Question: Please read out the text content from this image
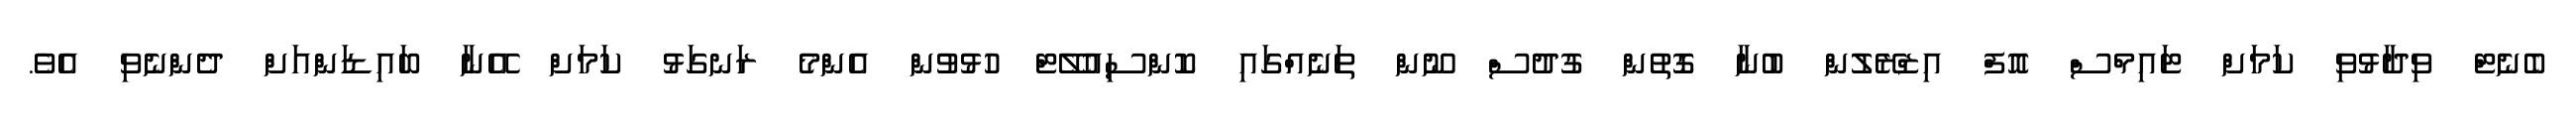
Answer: ބެނެޓް ވިދާޅުވި ކަމަށް ޓައިމްސް އޮފް އިޒްރޭލުން ބުނާ ގޮތުން ގުދުސް ނޫން ތަނެއްގައި ކޮންސިއުލޭޓް ހުޅުވުން އެންމެ ރަނގަޅު ކަމަށް އޭނާ ބައިޑަންއަށް ދެންނެވި އެވެ.